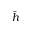
\bar { h }